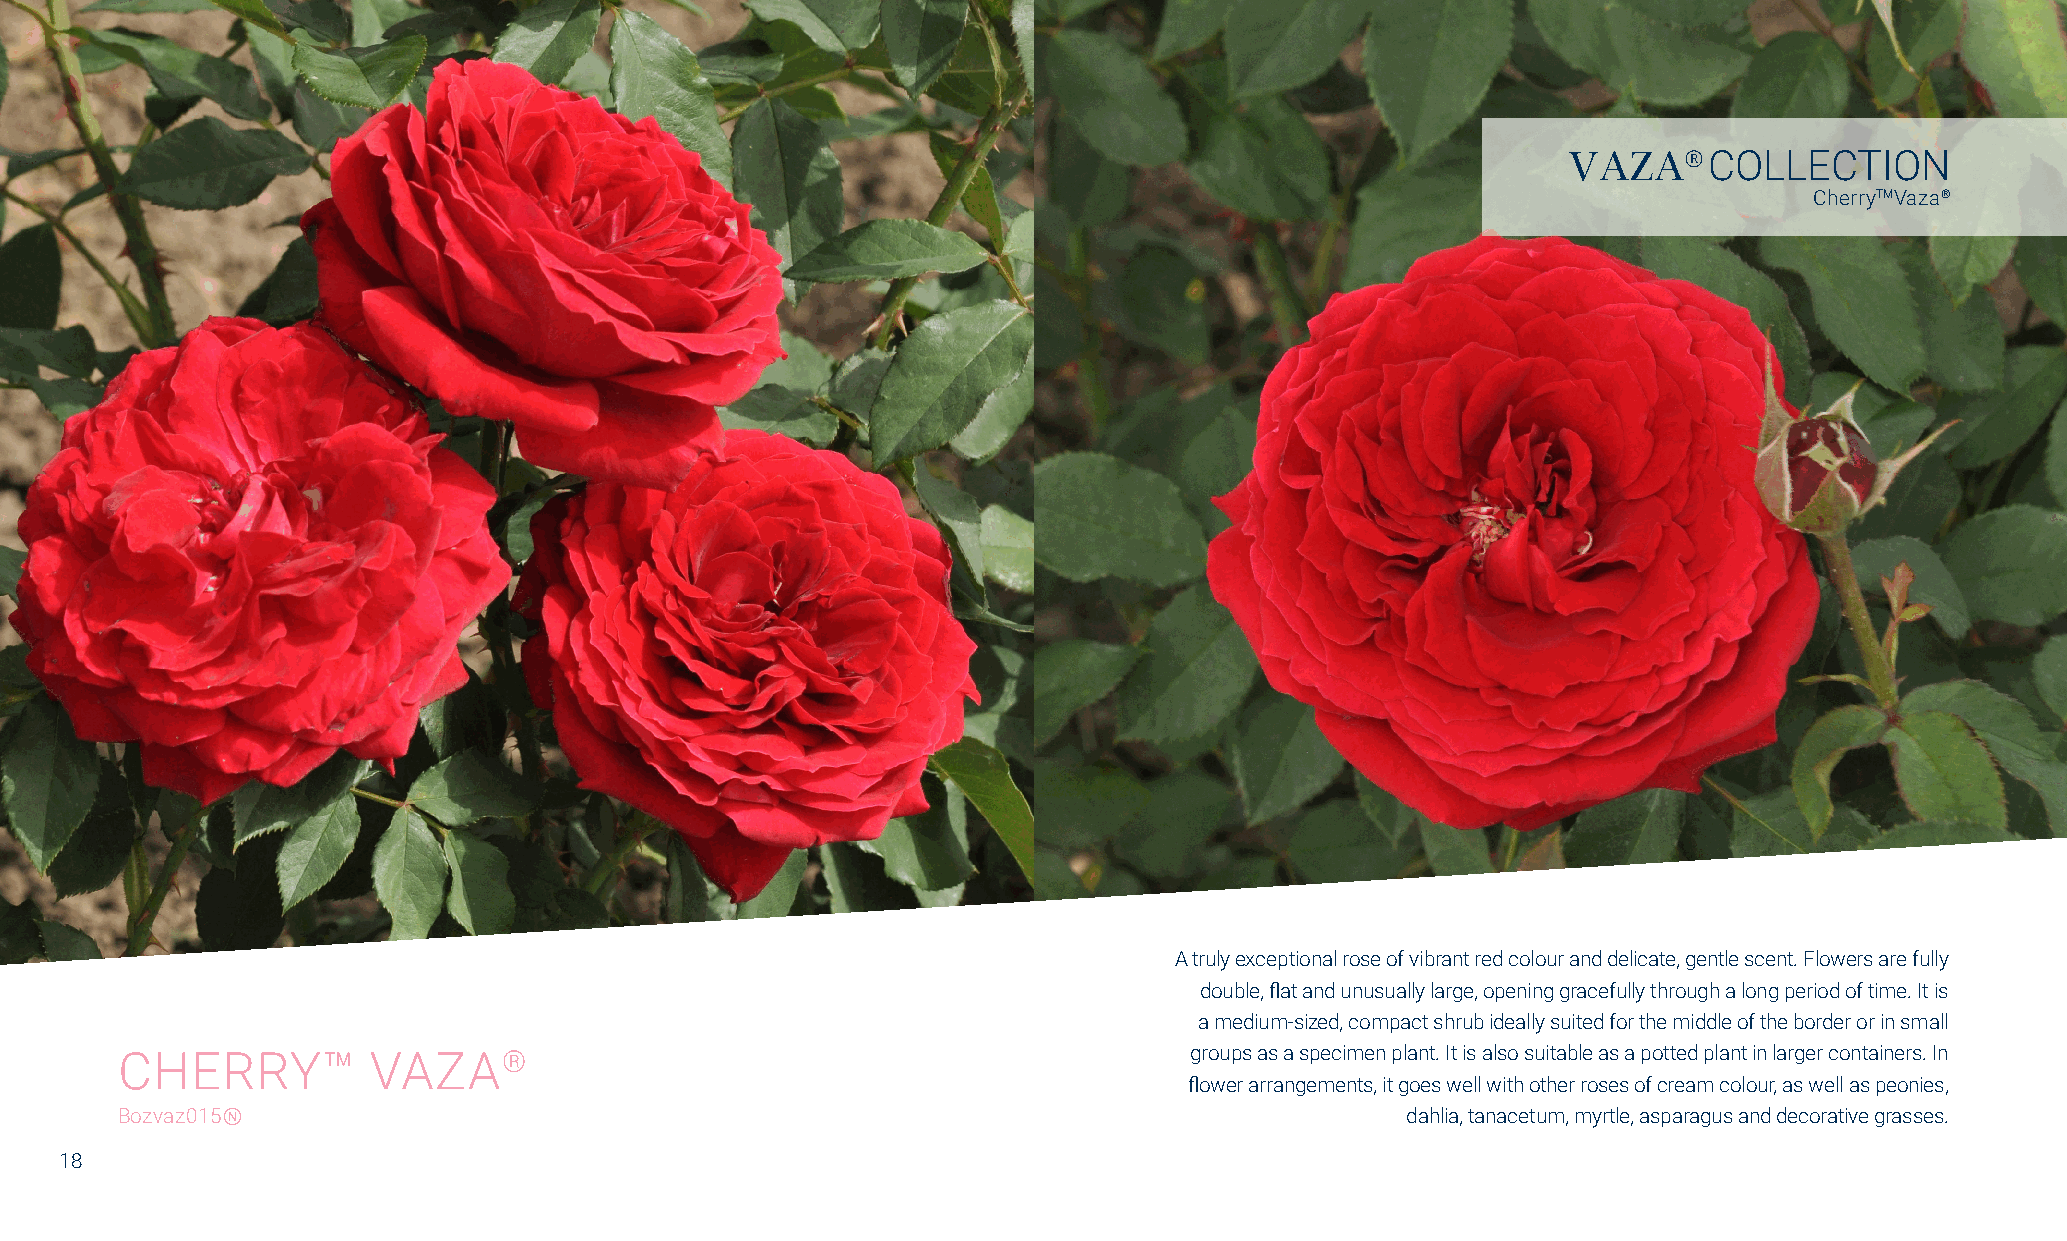
VAZA®    COLLECTION
 CherryTMVaza®
 A truly exceptional rose of vibrant red colour and delicate, gentle scent. Flowers are fully
 double, flat and unusually large, opening gracefully through a long period of time. It is
 a medium-sized, compact shrub ideally suited for the middle of the border or in small
 CHERRY™         VAZA®                                                  groups as a specimen plant. It is also suitable as a potted plant in larger containers. In
 flower arrangements, it goes well with other roses of cream colour, as well as peonies,
 Bozvaz015Ⓝ                                                                           dahlia, tanacetum, myrtle, asparagus and decorative grasses.
 18